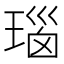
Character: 瑙